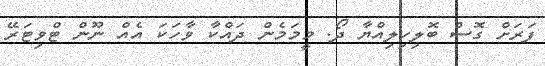
ފަރަށް ގޮސް ބޮލިހިލިއްޔާ ދޯ. މީމަމެން ދައްކާ ވާހަކަ އެއް ނޫން ޓްވިޓަރޭ